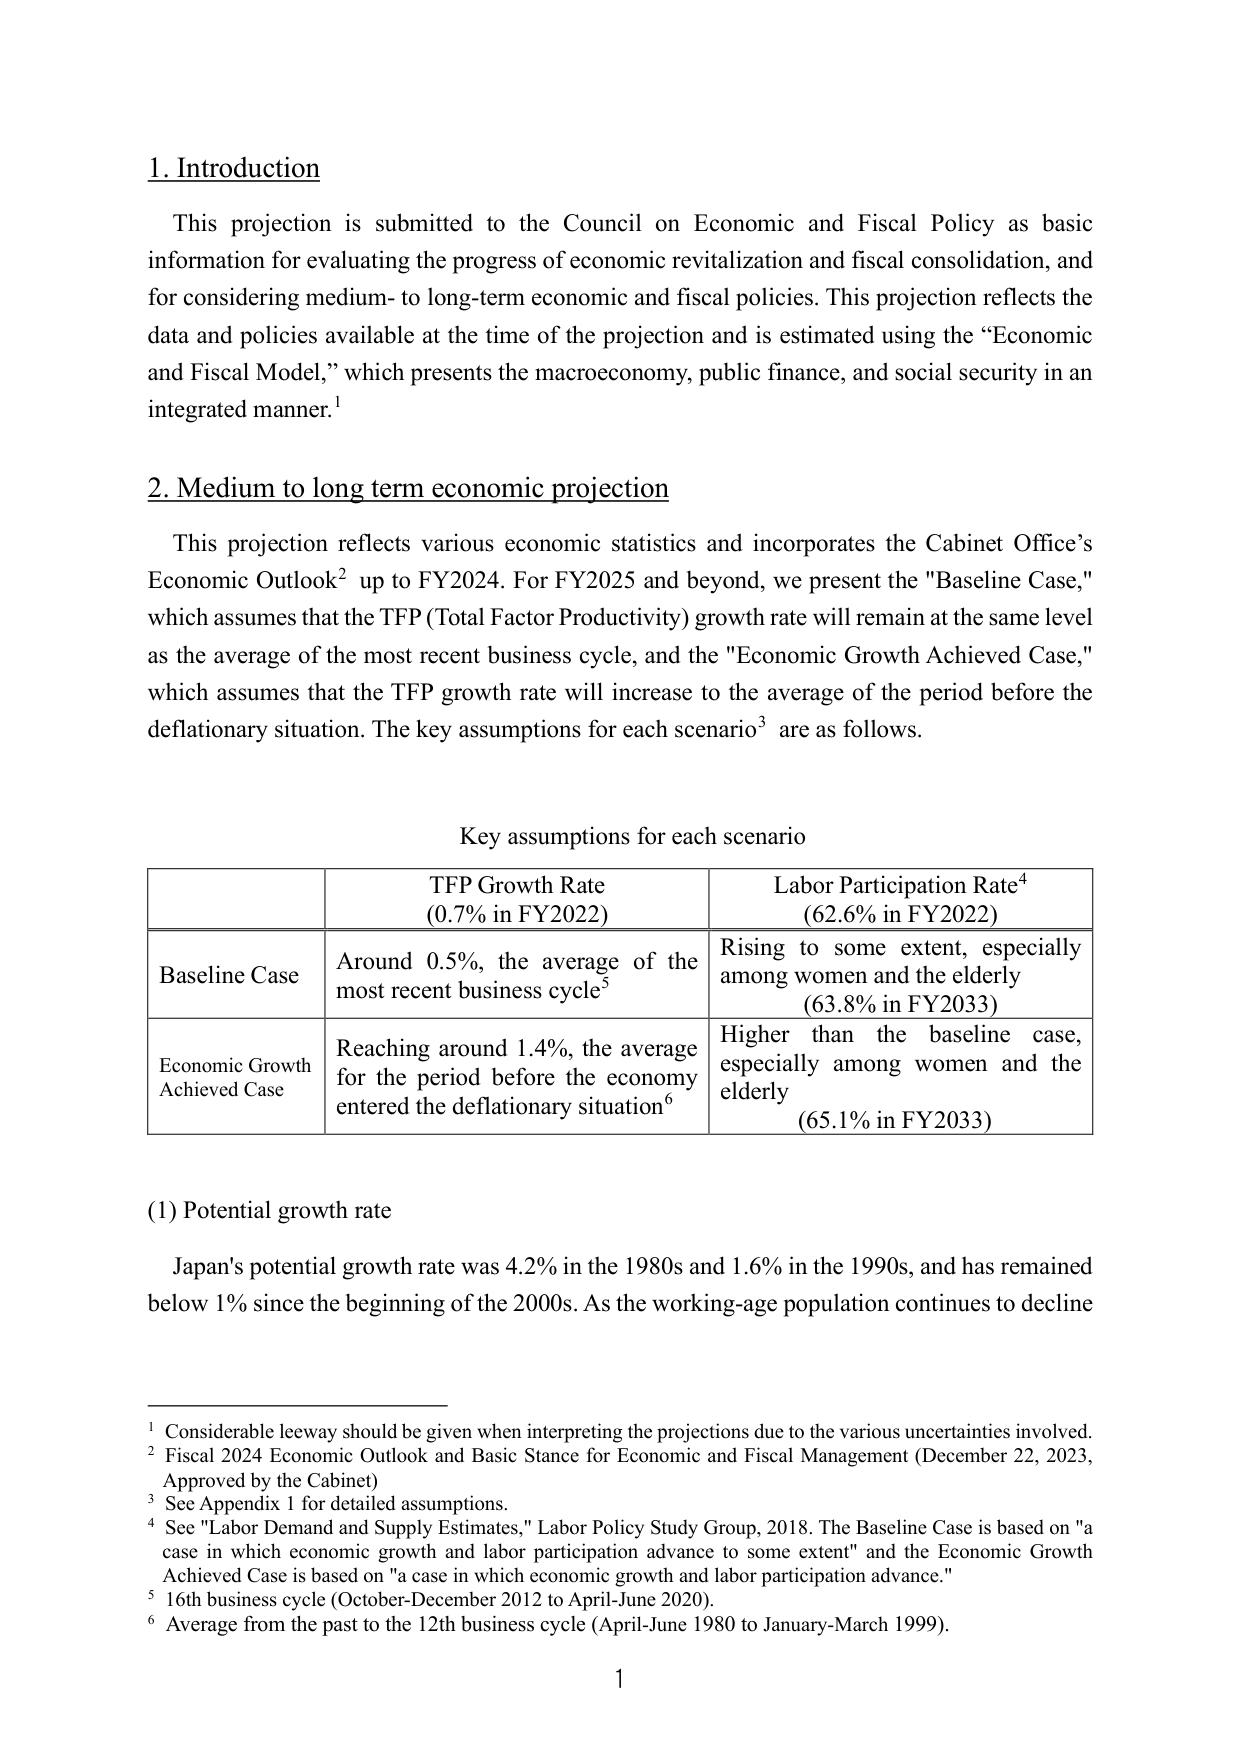
1. Introduction

This projection is submitted to the Council on Economic and Fiscal Policy as basic information for evaluating the progress of economic revitalization and fiscal consolidation, and for considering medium- to long-term economic and fiscal policies. This projection reflects the data and policies available at the time of the projection and is estimated using the “Economic and Fiscal Model,” which presents the macroeconomy, public finance, and social security in an integrated manner.¹

2. Medium to long term economic projection

This projection reflects various economic statistics and incorporates the Cabinet Office’s Economic Outlook² up to FY2024. For FY2025 and beyond, we present the "Baseline Case," which assumes that the TFP (Total Factor Productivity) growth rate will remain at the same level as the average of the most recent business cycle, and the "Economic Growth Achieved Case," which assumes that the TFP growth rate will increase to the average of the period before the deflationary situation. The key assumptions for each scenario³ are as follows.

Key assumptions for each scenario

| | TFP Growth Rate (0.7% in FY2022) | Labor Participation Rate⁴ (62.6% in FY2022) |
|---|---|---|
| Baseline Case | Around 0.5%, the average of the most recent business cycle⁵ | Rising to some extent, especially among women and the elderly (63.8% in FY2033) |
| Economic Growth Achieved Case | Reaching around 1.4%, the average for the period before the economy entered the deflationary situation⁶ | Higher than the baseline case, especially among women and the elderly (65.1% in FY2033) |

(1) Potential growth rate

Japan's potential growth rate was 4.2% in the 1980s and 1.6% in the 1990s, and has remained below 1% since the beginning of the 2000s. As the working-age population continues to decline

¹ Considerable leeway should be given when interpreting the projections due to the various uncertainties involved.
² Fiscal 2024 Economic Outlook and Basic Stance for Economic and Fiscal Management (December 22, 2023, Approved by the Cabinet)
³ See Appendix 1 for detailed assumptions.
⁴ See "Labor Demand and Supply Estimates," Labor Policy Study Group, 2018. The Baseline Case is based on "a case in which economic growth and labor participation advance to some extent" and the Economic Growth Achieved Case is based on "a case in which economic growth and labor participation advance."
⁵ 16th business cycle (October-December 2012 to April-June 2020).
⁶ Average from the past to the 12th business cycle (April-June 1980 to January-March 1999).

1